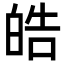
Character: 皓